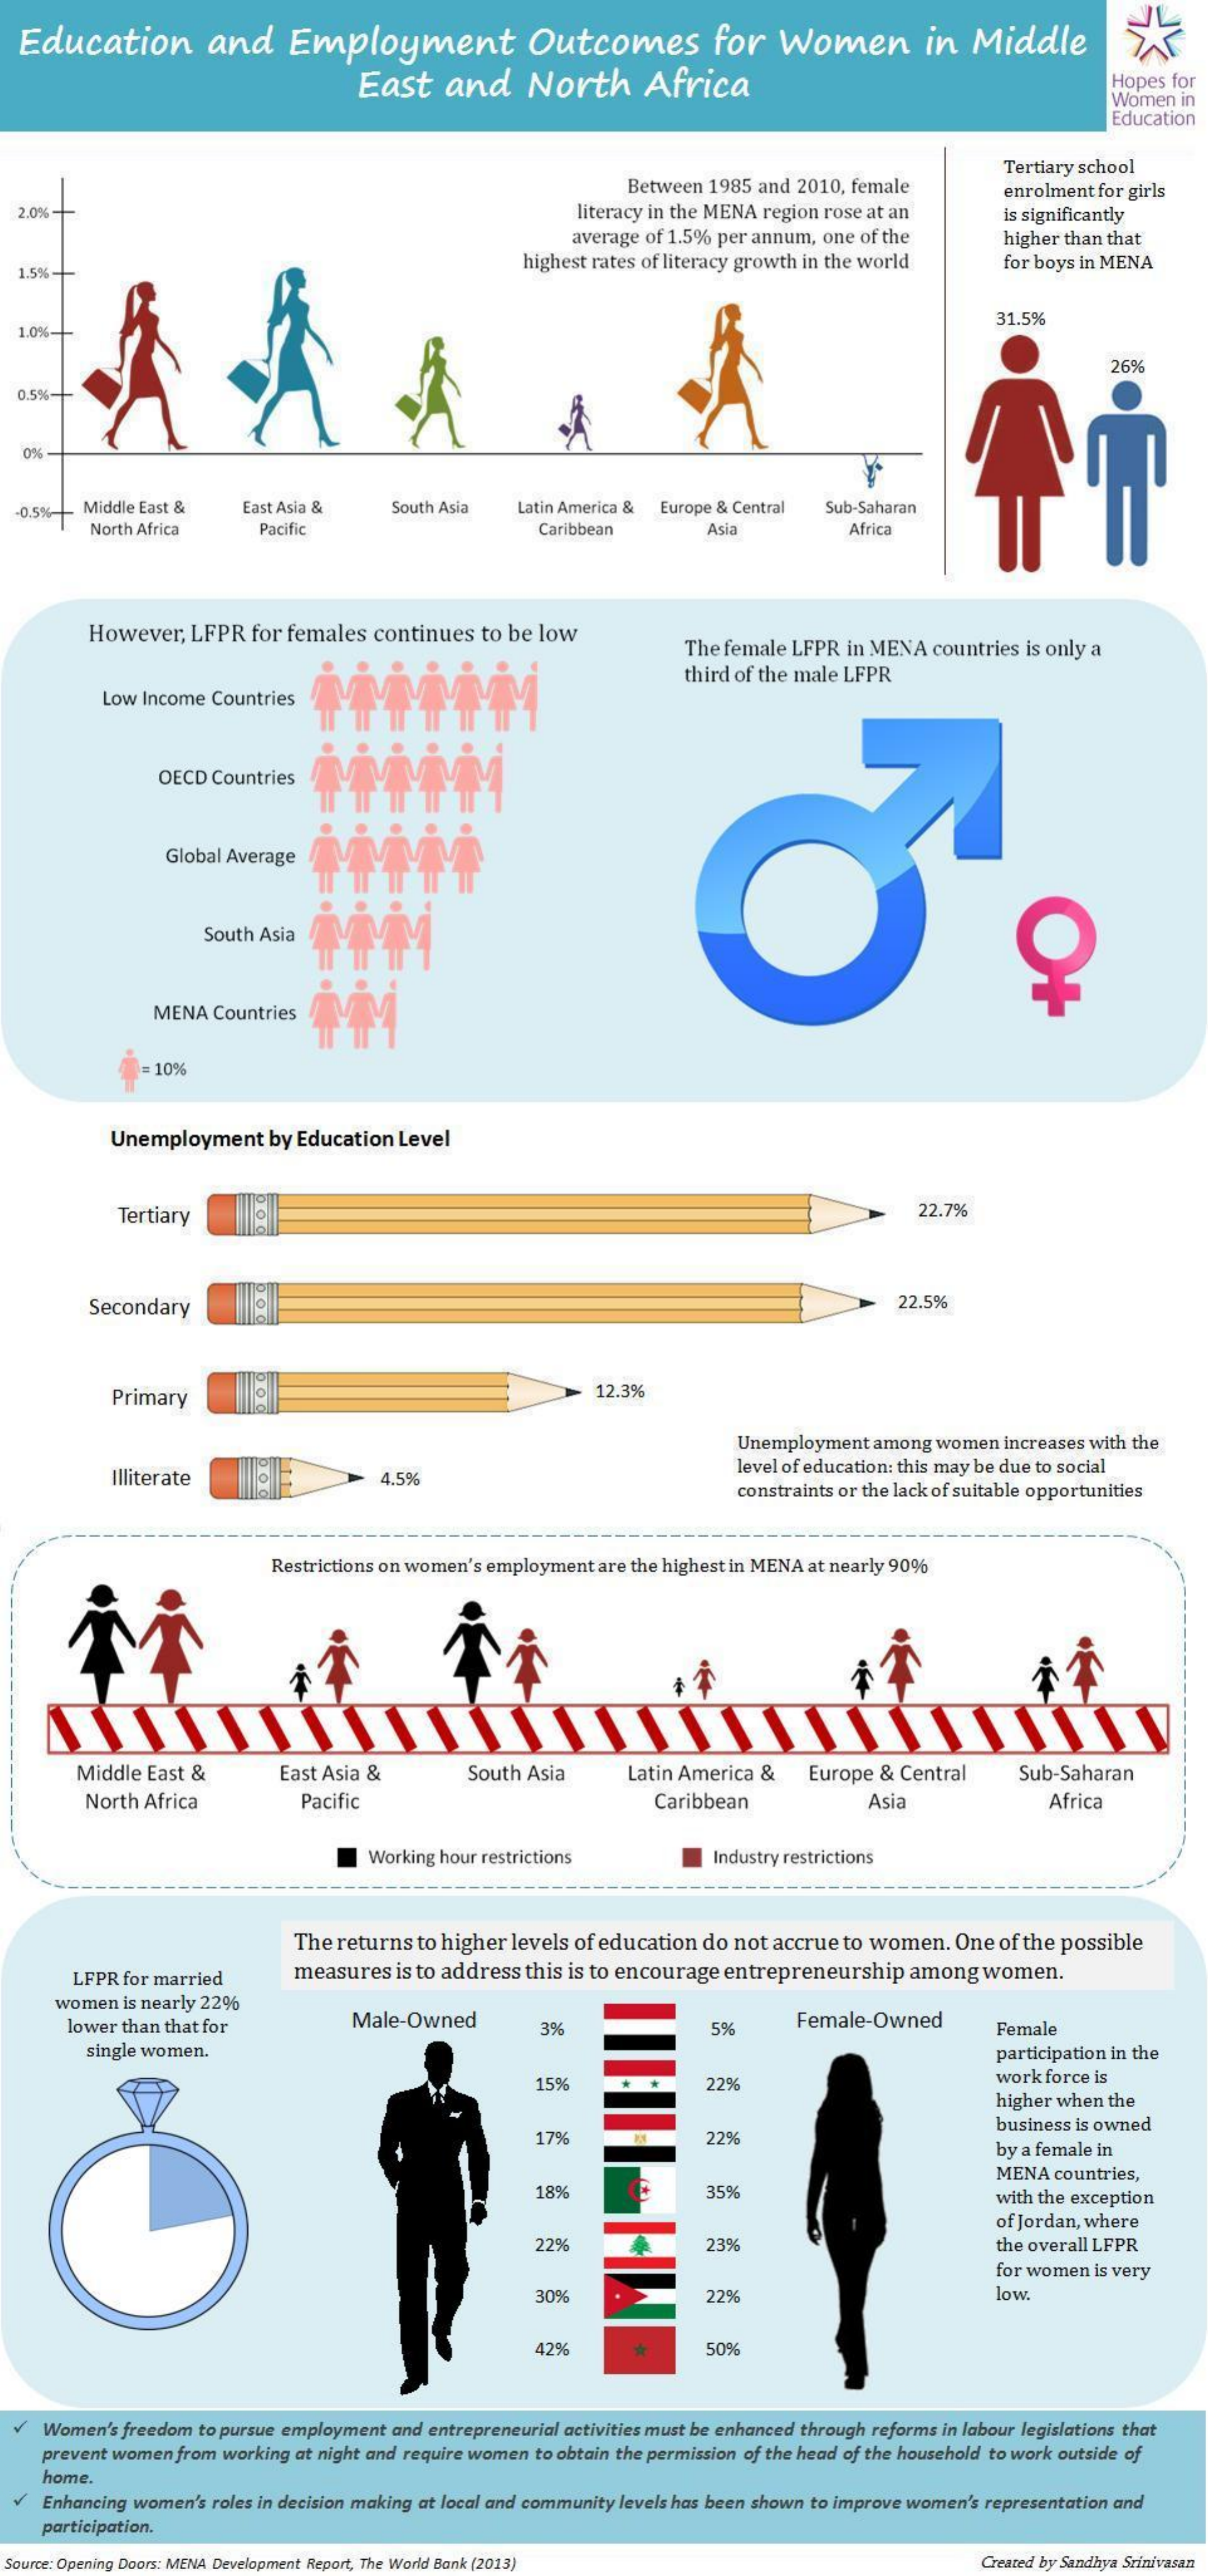
Education    and    Employment    Outcomes    for   Women    in   Middle
     East    and    North    Africa    Hopes for
     Women  in
     Education
     Between 1985 and 2010, female
     Tertiary school
  2.0% -+    literacy in the MENA region rose at an
     enrolment for girls
     average of 1.5% per annum, one of the
     is significantly
     higher than that
  1.5%-    highest rates of literacy growth in the world   for boys in MENA
  1.0%-
     31.5%
     26%
  0.5%-
   0%
  -0.5% | Middle East & East Asia &    South Asia   Latin America & Europe & Central Sub-Saharan
     North Africa    Pacific    Caribbean    Asia    Africa
     However,  LFPR  for females continues  to be low
     The female LFPR in MENA  countries is only a
     Low Income Countries
     third of the male LFPR
     OECD Countries
     Global Average
     South Asia
     MENA  Countries
     = 10%
     Unemployment    by Education Level
     Tertiary    22.7%
     po
     Secondary    22.5%
     Primary    12.3%
     Unemployment among women  increases with the
     Illiterate    4.5%
     level of education: this may be due to social
     constraints or the lack of suitable opportunities
     Restrictions on women's employment are the highest in MENA at nearly 90%
     Middle East &    East Asia &    South Asia    Latin America &   Europe & Central    Sub-Saharan
     North Africa    Pacific    Caribbean    Asia    Africa
     Working hour restrictions    Industry restrictions
     The returns to higher levels of education do not accrue to women. One of the possible
     LFPR for married    measures is to address this is to encourage entrepreneurship among  women.
     women is nearly 22%
     lower than that for    Male-Owned    3%    5%    Female-Owned    Female
     single women.    participation in the
     15%    22%    work force is
     higher when the
     179    229%
     business is owned
     by a female in
     MENA countries,
     189    359    with the exception
     of Jordan, where
     229    239    the overall LFPR
     for women is very
     30%    229    low
     42%    50%
    Women's freedom to pursue employment and entrepreneurial activities must be enhanced through reforms in labour legislations that
     prevent women from working at night and require women to obtain the permission of the head of the household to work outside of
    Enhancing women's roles in decision making at local and community levels has been shown to improve women's representation and
     home.
     participation.
  Source: Opening Doors: MENA Development Report, The World Bank (2013)    Created by Sandhya Srinivasan